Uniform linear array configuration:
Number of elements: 4
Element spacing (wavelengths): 0.75
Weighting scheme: blackman
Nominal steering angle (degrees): -30
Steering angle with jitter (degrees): -30.784
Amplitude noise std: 0.05
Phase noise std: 0.05

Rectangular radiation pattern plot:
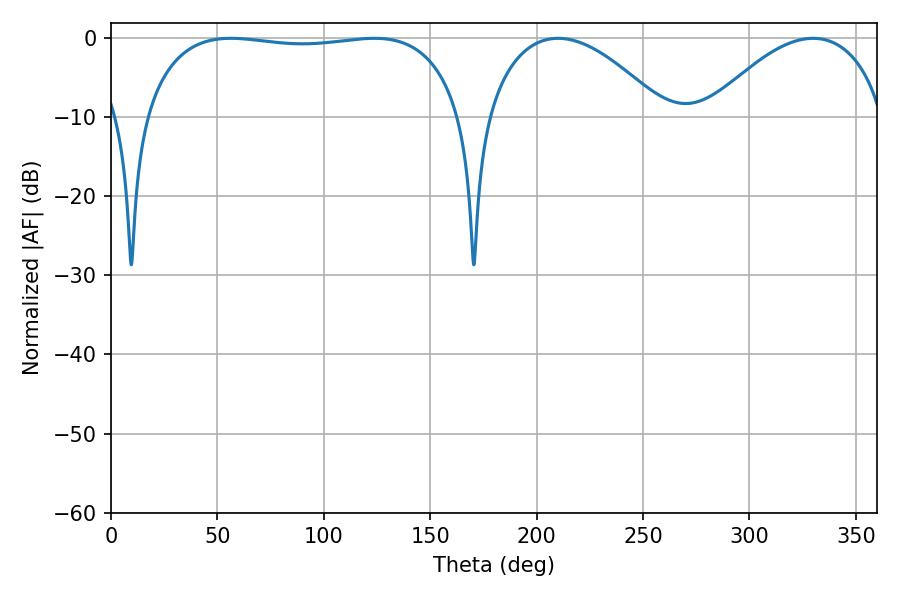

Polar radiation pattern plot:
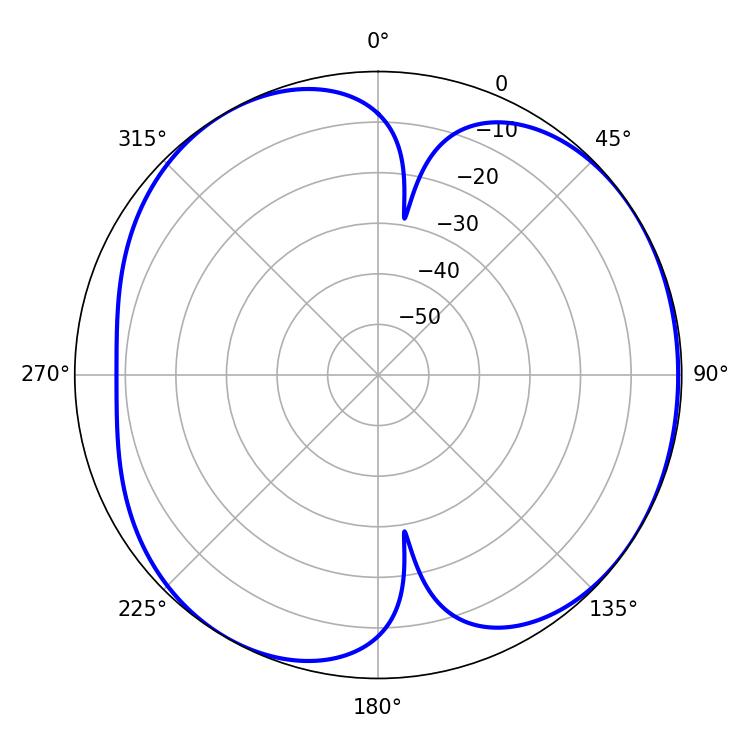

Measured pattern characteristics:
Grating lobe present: TRUE
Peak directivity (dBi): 5.077
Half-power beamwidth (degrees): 119.88
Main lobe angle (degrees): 56.34